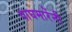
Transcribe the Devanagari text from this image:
वाघमारेंनी